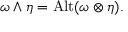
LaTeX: \omega \wedge \eta = \operatorname { A l t } ( \omega \otimes \eta ) .